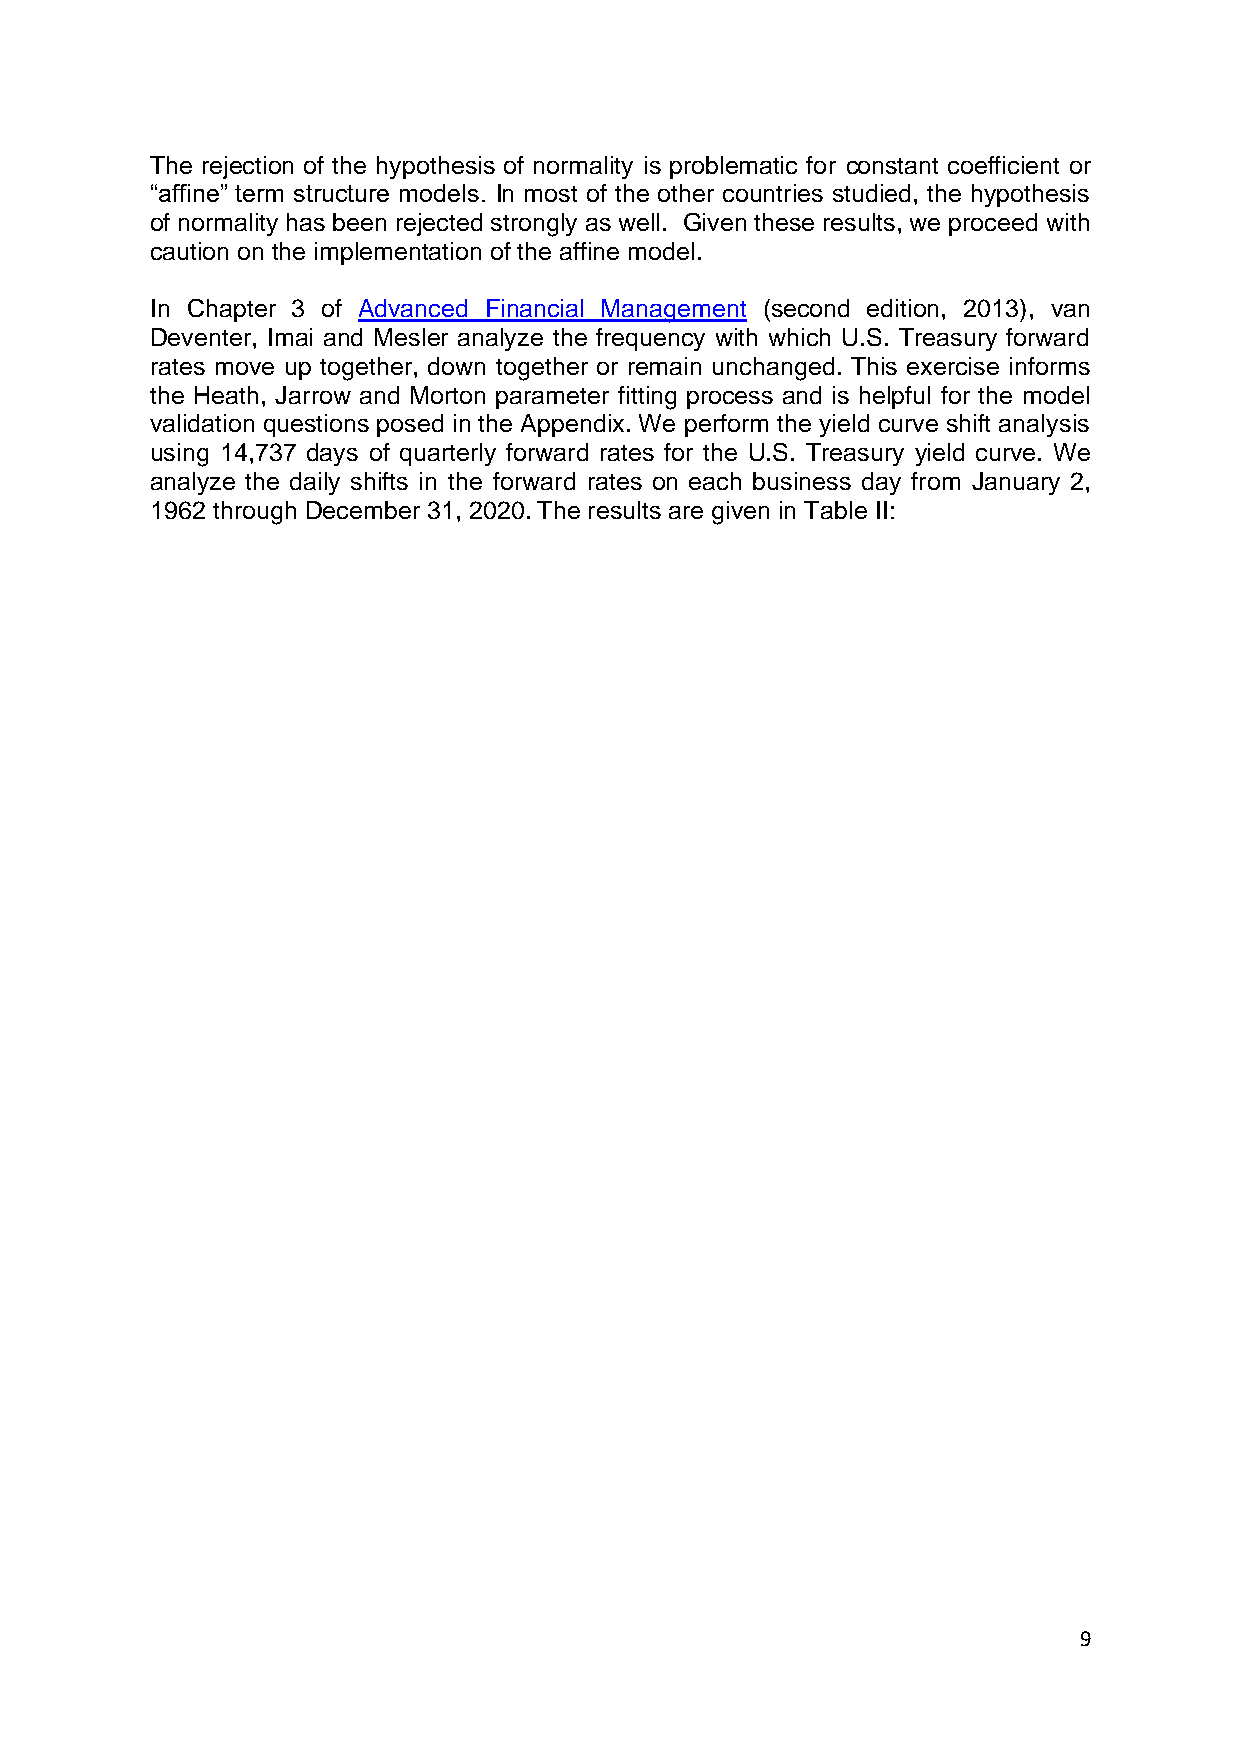
The rejection of the hypothesis of normality is problematic for constant coefficient or
 “affine” term structure models. In most of the other countries studied, the hypothesis
 of normality has been rejected strongly as well. Given these results, we proceed with
 caution on the implementation of the affine model.
 In Chapter 3 of Advanced Financial Management (second edition, 2013), van
 Deventer, Imai and Mesler analyze the frequency with which U.S. Treasury forward
 rates move up together, down together or remain unchanged. This exercise informs
 the Heath, Jarrow and Morton parameter fitting process and is helpful for the model
 validation questions posed in the Appendix. We perform the yield curve shift analysis
 using 14,737 days of quarterly forward rates for the U.S. Treasury yield curve. We
 analyze the daily shifts in the forward rates on each business day from January 2,
 1962 through December 31, 2020. The results are given in Table II:
 9